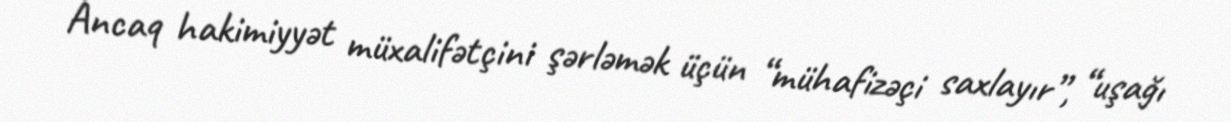
Ancaq hakimiyyət müxalifətçini şərləmək üçün “mühafizəçi saxlayır”, “uşağı